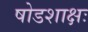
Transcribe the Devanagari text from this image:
षोडशाक्षः